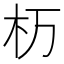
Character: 杤